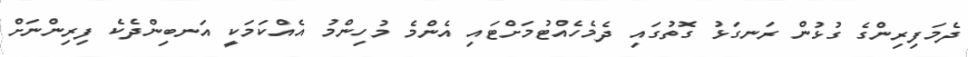
ދެމަފިރިންގެ ގުޅުން ރަނގަޅު ގޮތުގައި ދެމެހެއްޓުމަށްޓައި އެންމެ މުހިންމު އެއްކަމަކީ އަނބިންދެކެ ފިރިންނަށް